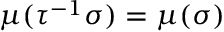
\mu ( \tau ^ { - 1 } \sigma ) = \mu ( \sigma )